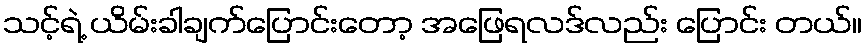
သင့်ရဲ့ ယိမ်းခါချက်ပြောင်းတော့ အဖြေရလဒ်လည်း ပြောင်း တယ်။